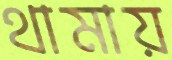
থামায়